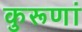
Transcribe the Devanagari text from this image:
कुरूणां